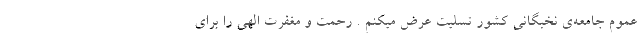
عموم جامعه‌ی نخبگانی کشور تسلیت عرض میکنم . رحمت و مغفرت الهی را برای